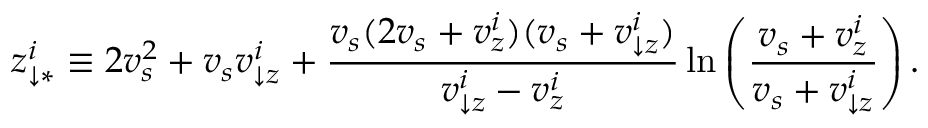
z _ { \downarrow \ast } ^ { i } \equiv 2 v _ { s } ^ { 2 } + v _ { s } v _ { \downarrow z } ^ { i } + \frac { v _ { s } ( 2 v _ { s } + v _ { z } ^ { i } ) ( v _ { s } + v _ { \downarrow z } ^ { i } ) } { v _ { \downarrow z } ^ { i } - v _ { z } ^ { i } } \ln \left( \frac { v _ { s } + v _ { z } ^ { i } } { v _ { s } + v _ { \downarrow z } ^ { i } } \right) .